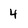
Character: 4